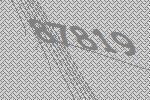
87819